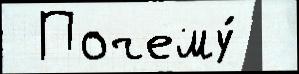
 Почему́